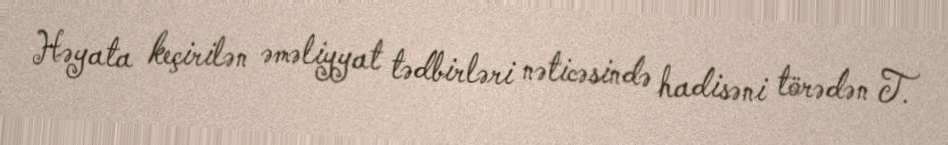
Həyata keçirilən əməliyyat tədbirləri nəticəsində hadisəni törədən T.